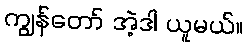
ကျွန်တော် အဲ့ဒါ ယူမယ်။